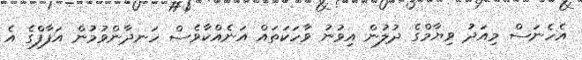
އެހެނަސް މިއަދު ވިޔާމްގެ ދުލުން އިވުނު ވާހަކަތައް އަނެއްކާވެސް ހަނދާންވުމުން އަފާފްގެ އެ